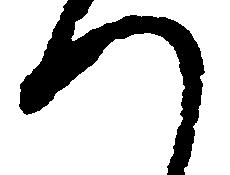
つ